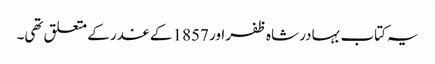
یہ کتاب بہادر شاہ ظفر اور 1857 کے غدر کے متعلق تھی۔